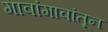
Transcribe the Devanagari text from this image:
गावांगावांतून